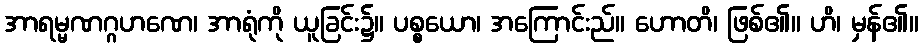
အာရမ္မဏဂ္ဂဟဏေ၊ အာရုံကို ယူခြင်း၌။ ပစ္စယော၊ အကြောင်းည်။ ဟောတိ၊ ဖြစ်၏။ ဟိ၊ မှန်၏။